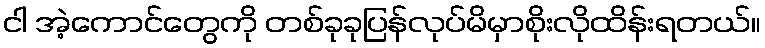
ငါ အဲ့ကောင်တွေကို တစ်ခုခုပြန်လုပ်မိမှာစိုးလိုထိန်းရတယ်။